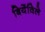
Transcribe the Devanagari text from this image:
बियेंविले